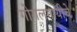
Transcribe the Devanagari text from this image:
गोगलगायीचे